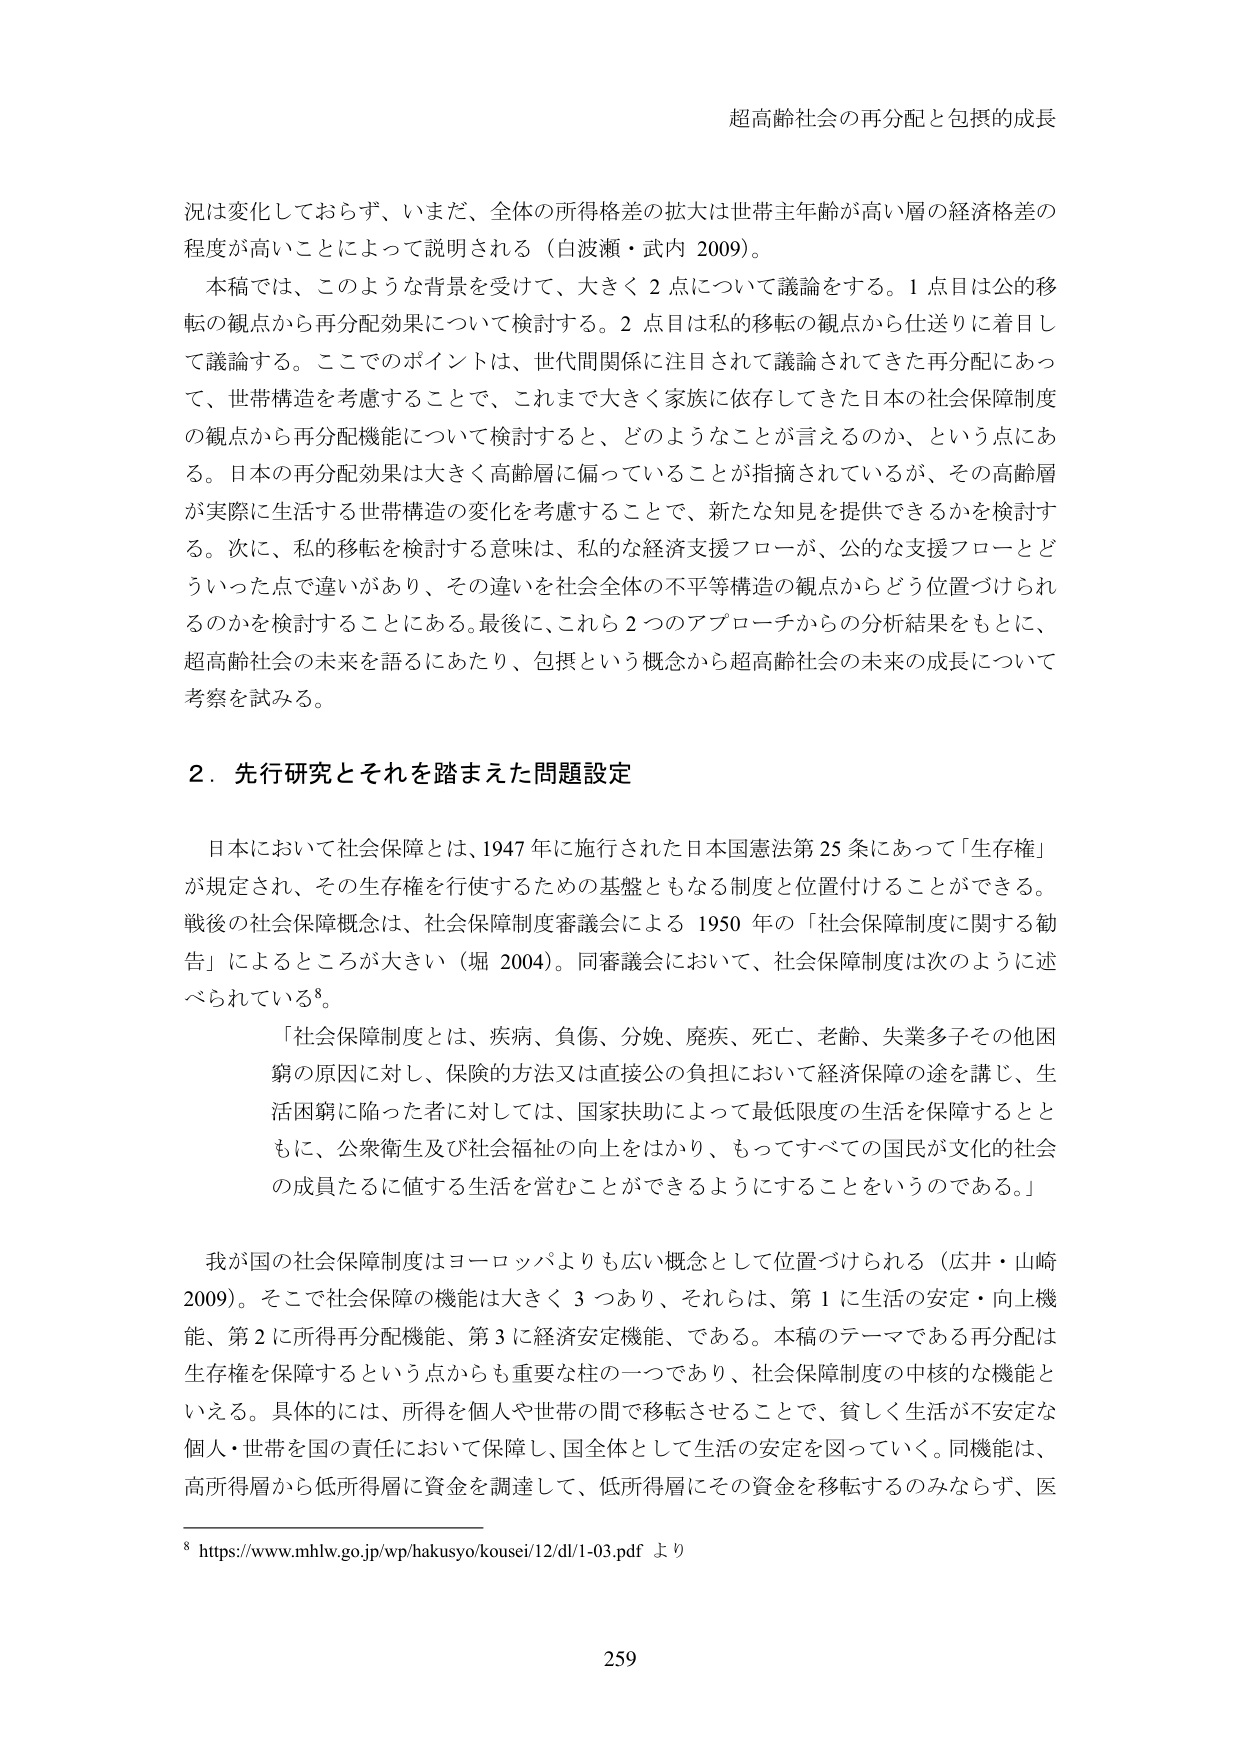
超高齢社会の再分配と包摂的成長

況は変化しておらず、いまだ、全体の所得格差の拡大は世帯主年齢が高い層の経済格差の程度が高いことによって説明される（白波瀬・武内 2009）。

本稿では、このような背景を受けて、大きく２点について議論をする。１点目は公的移転の観点から再分配効果について検討する。２点目は私的移転の観点から仕送りに着目して議論する。ここでのポイントは、世代間関係に注目されて議論されてきた再分配にあって、世帯構造を考慮することで、これまで大きく家族に依存してきた日本の社会保障制度の観点から再分配機能について検討すると、どのようなことが言えるのか、という点にある。日本の再分配効果は大きく高齢層に偏っていることが指摘されているが、その高齢層が実際に生活する世帯構造の変化を考慮することで、新たな知見を提供できるかを検討する。次に、私的移転を検討する意味は、私的な経済支援フローが、公的な支援フローとどういった点で違いがあり、その違いを社会全体の不平等構造の観点からどう位置づけられるのかを検討することにある。最後に、これら２つのアプローチからの分析結果をもとに、超高齢社会の未来を語るにあたり、包摂という概念から超高齢社会の未来の成長について考察を試みる。

２．先行研究とそれを踏まえた問題設定

日本において社会保障とは、1947年に施行された日本国憲法第25条にあって「生存権」が規定され、その生存権を行使するための基盤ともなる制度と位置付けることができる。戦後の社会保障概念は、社会保障制度審議会による1950年の「社会保障制度に関する勧告」によるところが大きい（堀 2004）。同審議会において、社会保障制度は次のように述べられている⁸。

「社会保障制度とは、疾病、負傷、分娩、廃疾、死亡、老齢、失業多子その他困窮の原因に対し、保険的方法又は直接公的負担において経済保障の途を講じ、生活困窮に陥った者に対しては、国家扶助によって最低限度の生活を保障するとともに、公衆衛生及び社会福祉の向上をはかり、もってすべての国民が文化的社会の成員たるに値する生活を営むことができるようになることをいうのである。」

我が国の社会保障制度はヨーロッパよりも広い概念として位置づけられる（広井・山崎 2009）。そこで社会保障の機能は大きく３つあり、それらは、第１に生活の安定・向上機能、第２に所得再分配機能、第３に経済安定機能、である。本稿のテーマである再分配は生存権を保障するという点からも重要な柱の一つであり、社会保障制度の中核的な機能といえる。具体的には、所得を個人や世帯の間で移転させることで、貧しく生活が不安定な個人・世帯を国の責任において保障し、国全体として生活の安定を図っていく。同機能は、高所得層から低所得層に資金を調達して、低所得層にその資金を移転するのみならず、医

⁸ https://www.mhlw.go.jp/wp/hakusyo/kousei/12/dl/1-03.pdf より

259